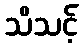
သိသင့်